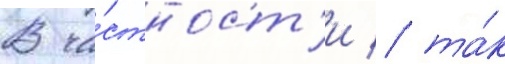
В ча́стност'и / та́к